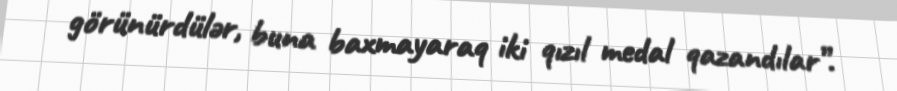
görünürdülər, buna baxmayaraq iki qızıl medal qazandılar”.